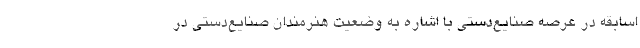
اسابقه در عرصه صنایع‌دستی با اشاره به وضعیت هنرمندان صنایع‌دستی در